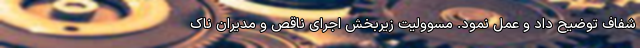
شفاف توضیح داد و عمل نمود. مسوولیت زیربخش اجرای ناقص و مدیران ناک